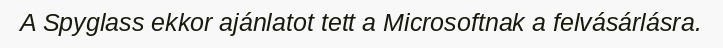
A Spyglass ekkor ajánlatot tett a Microsoftnak a felvásárlásra.